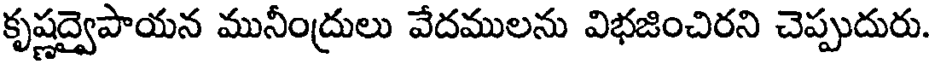
కృష్ణద్వైపాయన మునీంద్రులు వేదములను విభజించిరని చెప్పుదురు.